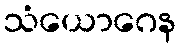
သံယောဂေန